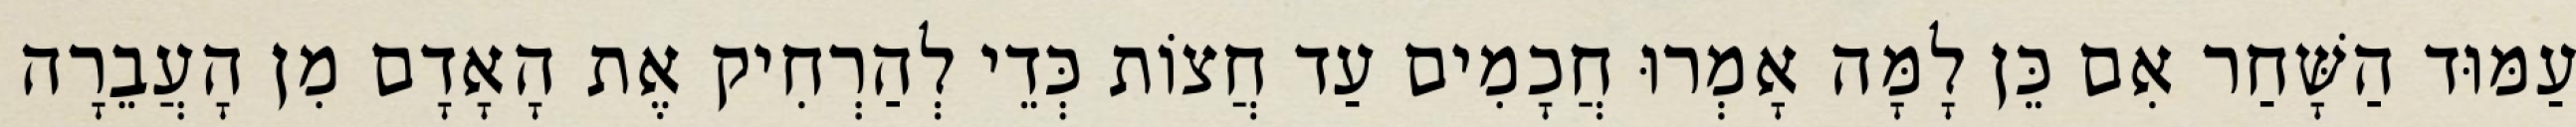
עַמּוּד הַשָּׁחַר אִם כֵּן לָמָּה אָמְרוּ חֲכָמִים עַד חֲצוֹת כְּדֵי לְהַרְחִיק אֶת הָאָדָם מִן הָעֲבֵרָה